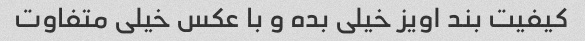
کیفیت بند اویز خیلی بده و با عکس خیلی متفاوت